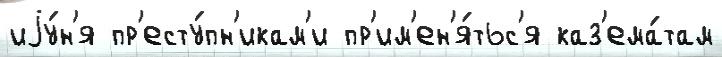
иjу́н'я пр'есту́пн'икам'и пр'им'ен'я́тьс'я каз'ема́там